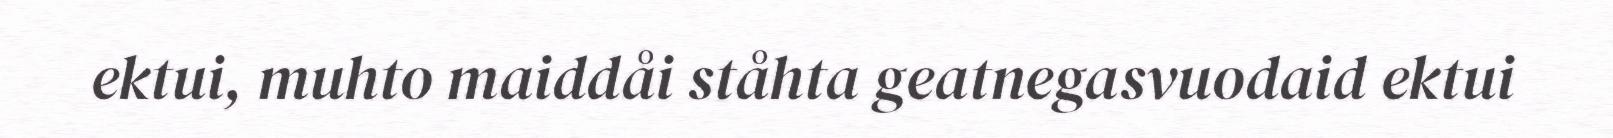
ektui, muhto maiddåi ståhta geatnegasvuodaid ektui